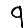
Digit: 9